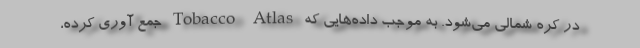
در کره شمالی می‌شود. به موجب داده‌هایی که Tobacco Atlas جمع آوری کرده،